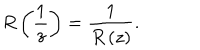
R \left( \frac { 1 } { z } \right) = \frac { 1 } { R \left( z \right) } .